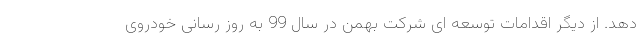
دهد. از دیگر اقدامات توسعه ای شرکت بهمن در سال 99 به روز رسانی خودروی